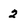
Character: 2